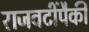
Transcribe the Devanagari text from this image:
राजवटींपैकी